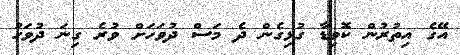
އޭގެ އިތުރުން ކޮވިޑާ ގުޅިގެން ދެ މަސް ދުވަހަށް ވުރެ ގިނަ ދުވަހު